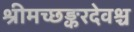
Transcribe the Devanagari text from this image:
श्रीमच्छङ्करदेवश्च